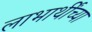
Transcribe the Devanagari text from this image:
लाभार्थींच्या